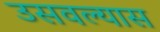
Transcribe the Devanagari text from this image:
उसवल्यास